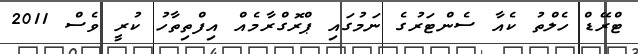
ޓްރޭޑް ހެލްތު ކެއާ ސެންޓަރުގެ ނަމުގައި ޕްރޮގްރާމެއް އިފްތިތާހު ކުރީ ވެސް 2011